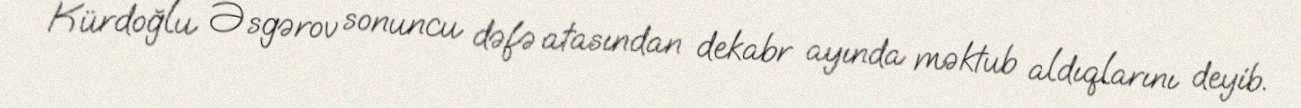
Kürdoğlu Əsgərov sonuncu dəfə atasından dekabr ayında məktub aldıqlarını deyib.